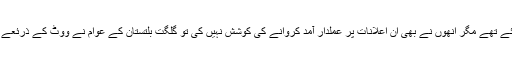
اس طرح کے کئی اعلانات پی پی پی کے سابق حکمرانوں نے بھی کئے تھے مگر انھوں نے بھی ان اعلانات پر عملدار آمد کروانے کی کوشش نہیں کی تو گلگت بلتستان کے عوام نے ووٹ کے ذرئعے پی پی کے حکمرانوں کو ان کے کئے کا صلہ دیکر اپنا بدلہ نکال دیا۔